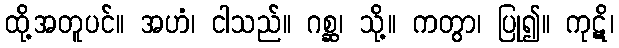
ထို့အတူပင်။ အဟံ၊ ငါသည်။ ဂစ္ဆ၊ သို့။ ကတွာ၊ ပြု၍။ ကုဋိ၊